Tartu_linnavalitsus, lk 3
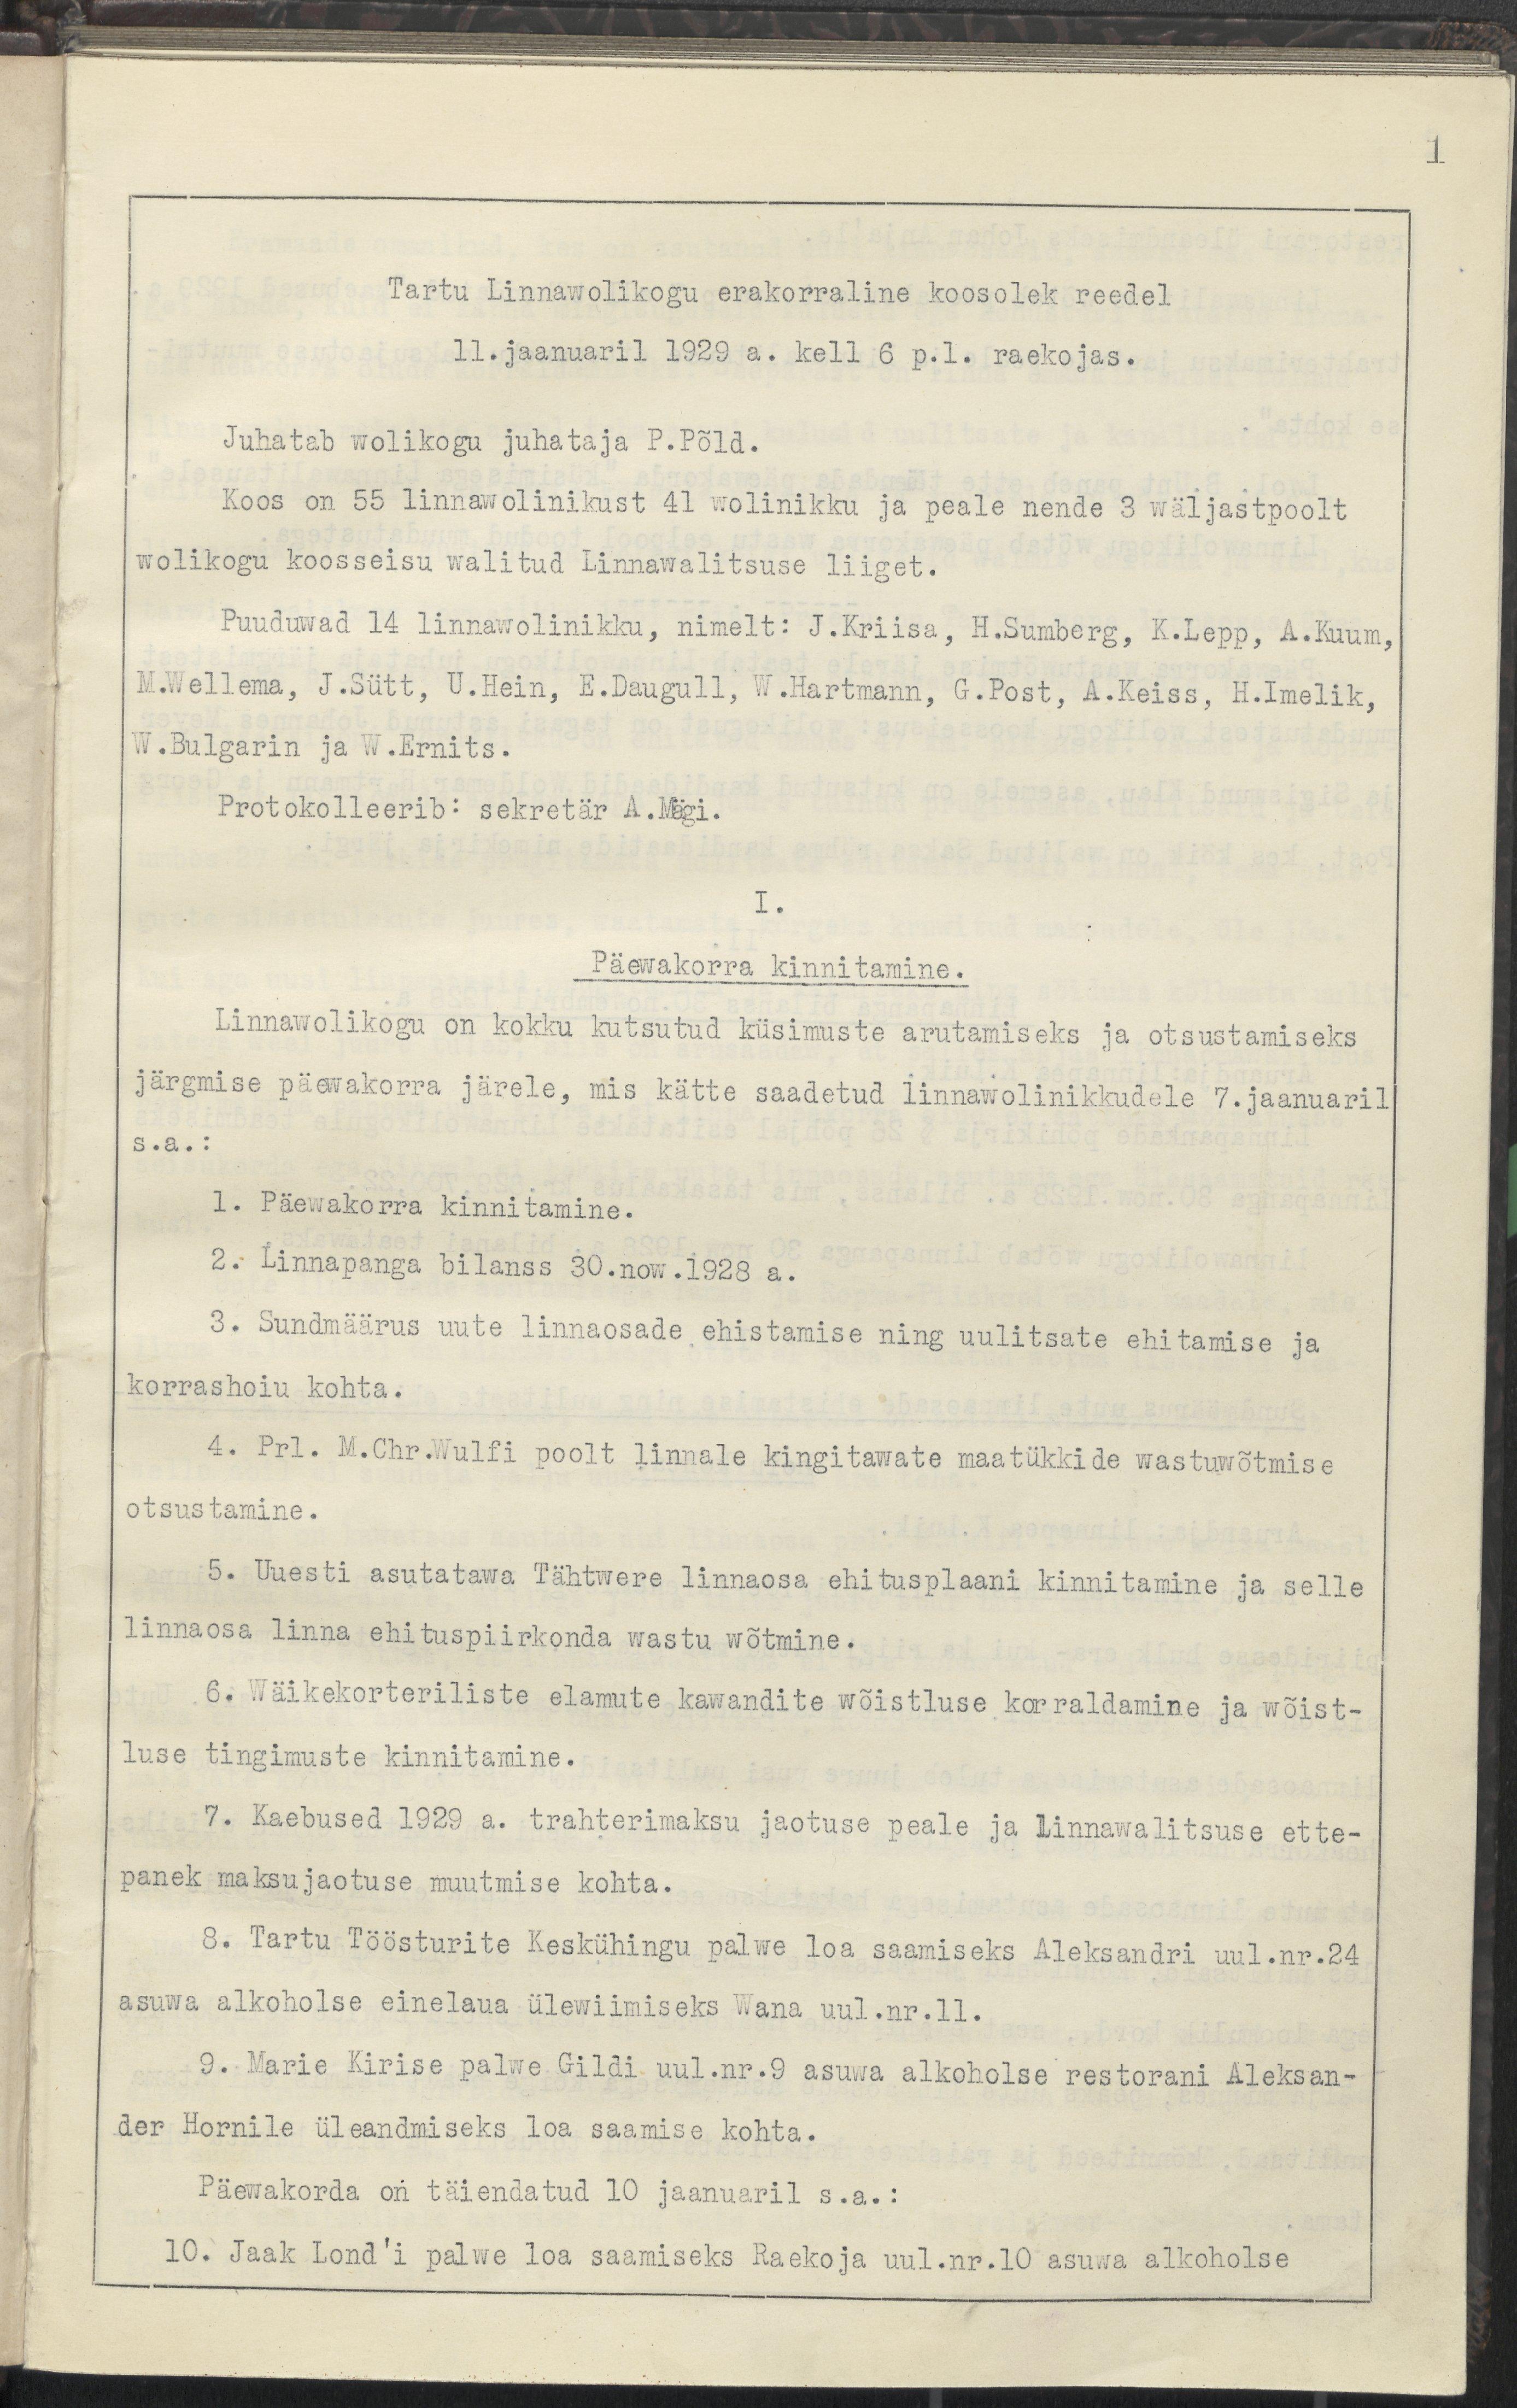
Tartu Linnawolikogu erakorraline koosolek reedel
11. jaanuaril 1929 a. kell 6 p.l. raekojas.
Juhatab wolikogu juhataja P. Põld.
Koos on 55 linnawolinikust 41 wolinikku ja peale nende 3 wäljastpoolt
wolikogu koosseisu walitud linnawalitsuse liiget.
Puuduwad 14 linnawolinikku, nimelt: J. Kriisa, H. Sumberg, K. Lepp, A. Kuum,
M. Wellema, J. Sütt, U. Hein, E. Daugull, W. Hartmann, G. Post, A. Keiss, H. Imelik,
W. Bulgarin ja W. Ernits.
Protokolleerib: Sekretär A. Mägi.
I.
Päewakorra kinnitamine.
Linnawolikogu on kokku kutsutud küsimuste arutamiseks ja otsustamiseks
Järgmise päewakorra järele, mis kätte saadetud linnawolinikkudele 7. jaanuaril
s. a.:
1. Päewakorra kinnitamine
2. Linnapanga bilanss 30. nov. 1928 a.
3. Sundmäärus uute linnaosade ehitamise ning uulitsate ehitamise ja
korrashoiu kohta.
4. Prl M. Chr. Wulfi  poolt linnale kingitawate maatükkide wastuwõtmise
otsustamine.
5. Uuesti asutatawa Tähtwere linnaosa ehitusplaani kinnitamine ja selle
linnaosa linna ehituspiirkonna wastu wõtmine.
6. Wäikekorteriliste elamite kawandite wõistluse korraldamine ja wõist-
luse tingimuste kinnitamine.
7. Kaebused 1929 a.  trahterimaksu jaotuse peale ja Linnawalitsuse ette-
panek maksujaotuse muutmise kohta.
8. Tartu Töösturite Keskühingu palwe loa saamiseks Aleksandri uul. nr. 24
asuwa alkoholse einelaua ülewiimiseks Wana uul. nr. 11.
9. Marie Kirise palwe Gildi uul. nr. 9 asuwa alkoholse restorani Aleksan-
der Hornile üleandmiseks loa saamise kohta.
Päewakorda on täiendatud 10. jaanuaril s.a.:
10. Jaak Lond'i palwe loa saamiseks Raekoja uul. nr. 10 asuwa alkoholse